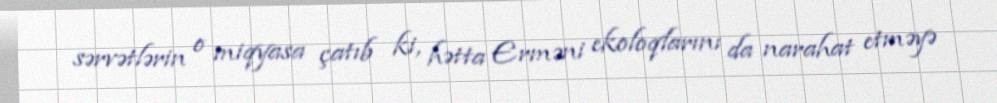
sərvətlərin o miqyasa çatıb ki, hətta Erməni ekoloqlarını da narahat etməyə